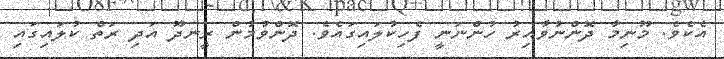
އެކެވެ. މޫނިމާ ދޮންނުވާއިރު ހުންނަނީ ފެހިކުލައިގައެވެ. ދޮންވުމުން ރީނދޫ އަދި ރަތް ކުލައިގައި